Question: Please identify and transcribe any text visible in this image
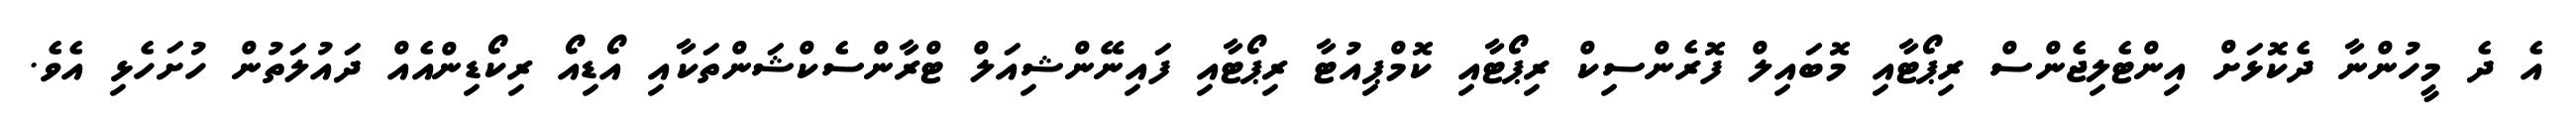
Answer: އެ ދެ މީހުންނާ ދެކޮޅަށް އިންޓެލިޖެންސް ރިޕޯޓާއި މޮބައިލް ފޮރެންސިކް ރިޕޯޓާއި ކޮމްޕިއުޓާ ރިޕޯޓާއި ފައިނޭންޝިއަލް ޓްރާންސެކްޝަންތަކާއި އޯޑިއޯ ރިކޯޑިންއެއް ދައުލަތުން ހުށަހެޅި އެވެ.